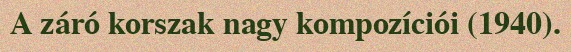
A záró korszak nagy kompozíciói (1940).